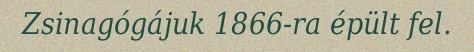
Zsinagógájuk 1866-ra épült fel.